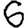
Digit: 6